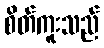
စိတ်ကူးသည်